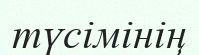
түсімінің